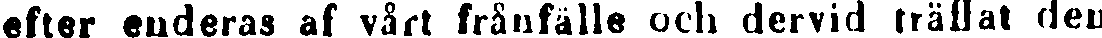
efter enderas af vårt frånfälle och dervid träffat den